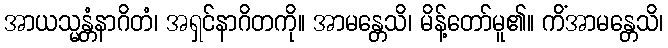
အာယသ္မန္တံနာဂိတံ၊ အရှင်နာဂိတကို။ အာမန္တေသိ၊ မိန့်တော်မူ၏။ ကိံအာမန္တေသိ၊